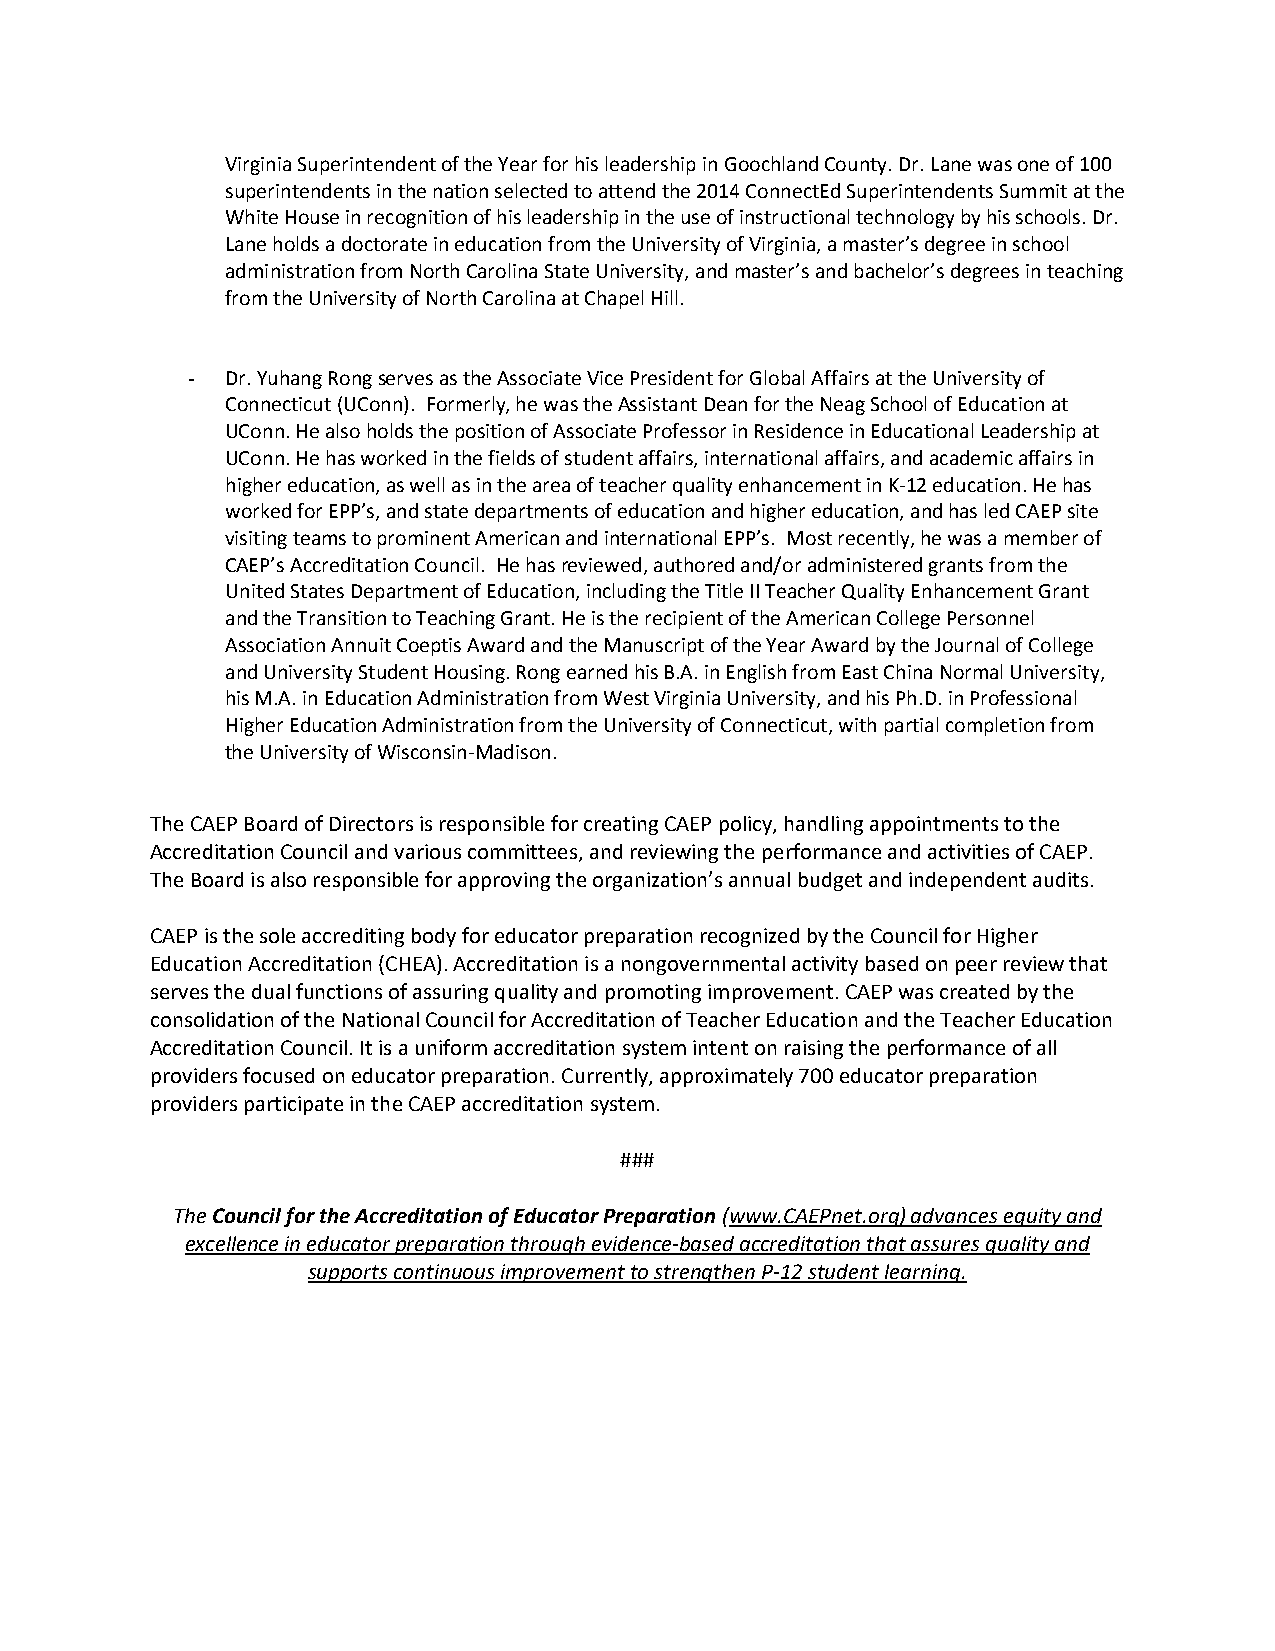
Virginia Superintendent of the Year for his leadership in Goochland County. Dr. Lane was one of 100
 superintendents in the nation selected to attend the 2014 ConnectEd Superintendents Summit at the
 White House in recognition of his leadership in the use of instructional technology by his schools. Dr.
 Lane holds a doctorate in education from the University of Virginia, a master’s degree in school
 administration from North Carolina State University, and master’s and bachelor’s degrees in teaching
 from the University of North Carolina at Chapel Hill.
 -  Dr. Yuhang Rong serves as the Associate Vice President for Global Affairs at the University of
 Connecticut (UConn). Formerly, he was the Assistant Dean for the Neag School of Education at
 UConn. He also holds the position of Associate Professor in Residence in Educational Leadership at
 UConn. He has worked in the fields of student affairs, international affairs, and academic affairs in
 higher education, as well as in the area of teacher quality enhancement in K-12 education. He has
 worked for EPP’s, and state departments of education and higher education, and has led CAEP site
 visiting teams to prominent American and international EPP’s. Most recently, he was a member of
 CAEP’s Accreditation Council. He has reviewed, authored and/or administered grants from the
 United States Department of Education, including the Title II Teacher Quality Enhancement Grant
 and the Transition to Teaching Grant. He is the recipient of the American College Personnel
 Association Annuit Coeptis Award and the Manuscript of the Year Award by the Journal of College
 and University Student Housing. Rong earned his B.A. in English from East China Normal University,
 his M.A. in Education Administration from West Virginia University, and his Ph.D. in Professional
 Higher Education Administration from the University of Connecticut, with partial completion from
 the University of Wisconsin-Madison.
 The CAEP Board of Directors is responsible for creating CAEP policy, handling appointments to the
 Accreditation Council and various committees, and reviewing the performance and activities of CAEP.
 The Board is also responsible for approving the organization’s annual budget and independent audits.
 CAEP is the sole accrediting body for educator preparation recognized by the Council for Higher
 Education Accreditation (CHEA). Accreditation is a nongovernmental activity based on peer review that
 serves the dual functions of assuring quality and promoting improvement. CAEP was created by the
 consolidation of the National Council for Accreditation of Teacher Education and the Teacher Education
 Accreditation Council. It is a uniform accreditation system intent on raising the performance of all
 providers focused on educator preparation. Currently, approximately 700 educator preparation
 providers participate in the CAEP accreditation system.
 ###
 The Council for the Accreditation of Educator Preparation (www.CAEPnet.org) advances equity and
 excellence in educator preparation through evidence-based accreditation that assures quality and
 supports continuous improvement to strengthen P-12 student learning.